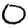
Digit: 0